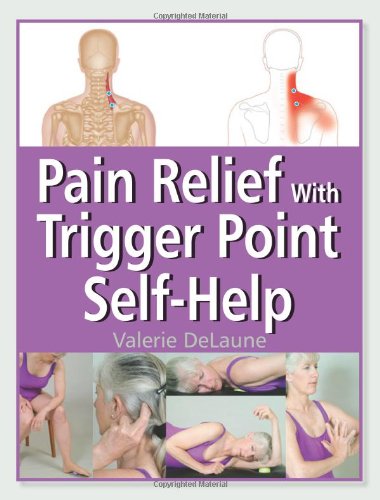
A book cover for Pain Relief with Trigger Point Self-Help; Valerie DeLaune; Health, Fitness & Dieting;